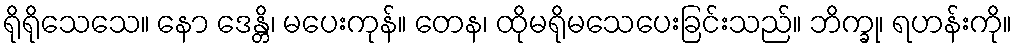
ရိုရိုသေသေ။ နော ဒေန္တိ၊ မပေးကုန်။ တေန၊ ထိုမရိုမသေပေးခြင်းသည်။ ဘိက္ခု၊ ရဟန်းကို။